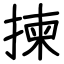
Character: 揀